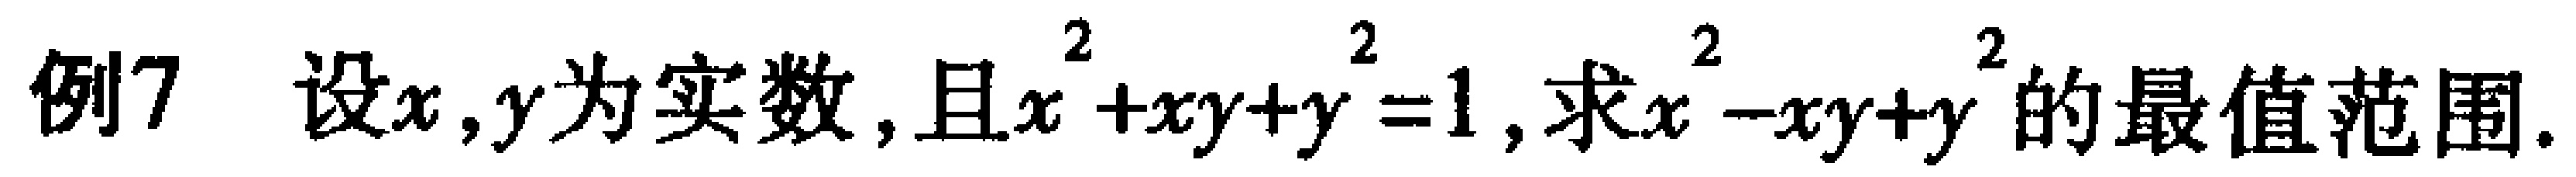
例7 设\(x,y\)为实数,且\(x^{2}+xy + y^{2}=1\),求\(x^{2}-xy + y^{2}\)的最值范围.